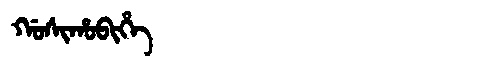
Manchu: ᡤᠣᠰᡳᡥᠣᠪᡳᡥᡝ
Romanization: GOSIHOBIHE